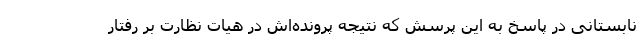
نابستانی در پاسخ به این پرسش که نتیجه پرونده‌اش در هیات نظارت بر رفتار